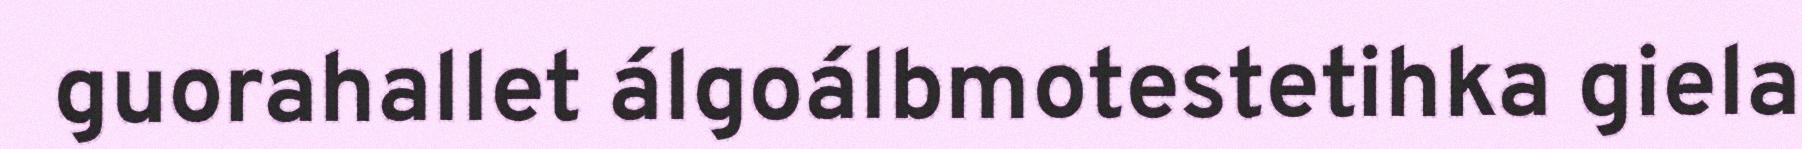
guorahallet álgoálbmotestetihka giela